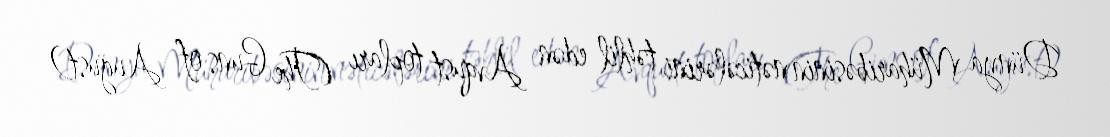
Dünya Müharibəsinin nəticələrini təhlil edən Avqust topları (The Guns of August)